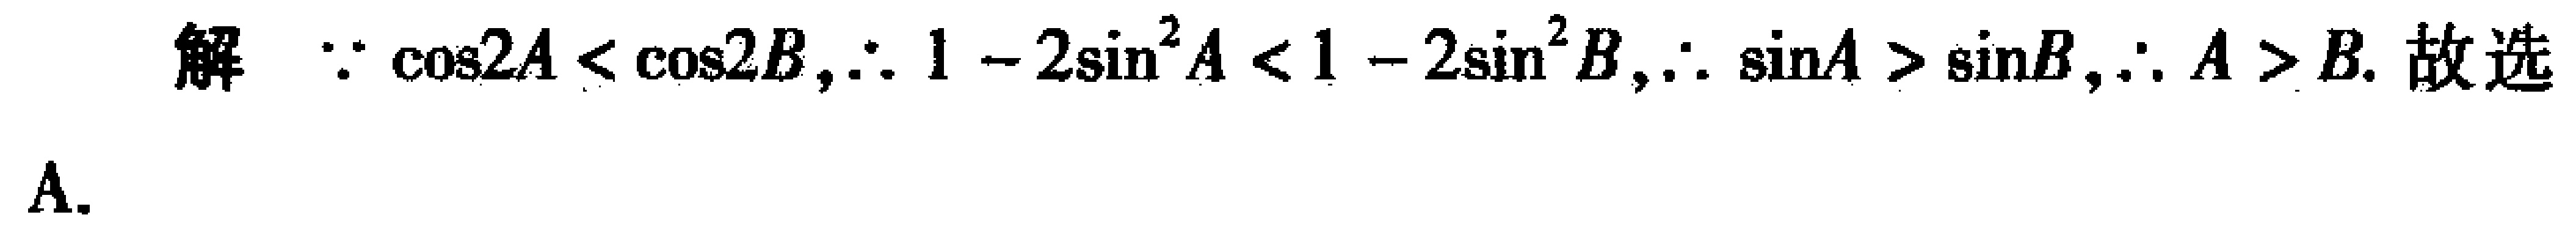
解 $\because \cos 2A < \cos 2B,\therefore 1 - 2\sin^{2}A < 1 - 2\sin^{2}B,\therefore \sin A > \sin B,\therefore A > B.$ 故选A.